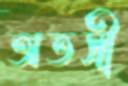
অতসী